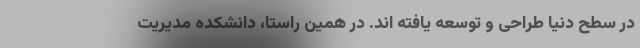
در سطح دنیا طراحی و توسعه یافته اند. در همین راستا، دانشکده مدیریت